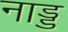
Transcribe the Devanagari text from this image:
नाड्ड